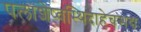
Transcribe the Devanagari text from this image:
पलाशेष्वस्थिदाहेचसद्यः